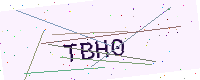
Text: TBH0